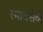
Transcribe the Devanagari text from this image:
स्माजसेवी